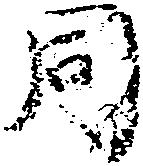
同